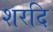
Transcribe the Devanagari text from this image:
शरदि